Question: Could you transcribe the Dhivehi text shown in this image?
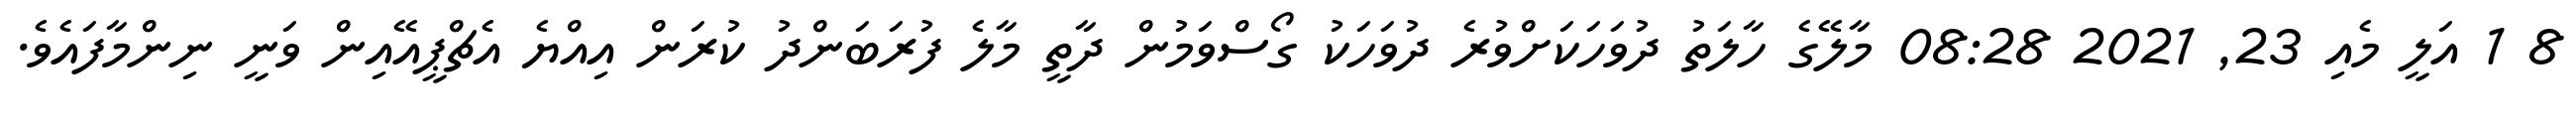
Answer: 8 1 އަލީ މެއި 23, 2021 08:28 މާލޭގެ ހާލަތު ދުވަހަކަށްވުރެ ދުވަހަކު ގޯސްވަމުން ދާތީ މާލެ ފުރަބަންދު ކުރަން އިއްޔެ އެޗްޕީއޭއިން ވަނީ ނިންމާފައެވެ.